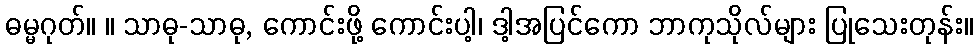
ဓမ္မဂုတ်။ ။ သာဓု-သာဓု, ကောင်းဖို့ ကောင်းပါ့၊ ဒါ့အပြင်ကော ဘာကုသိုလ်များ ပြုသေးတုန်း။